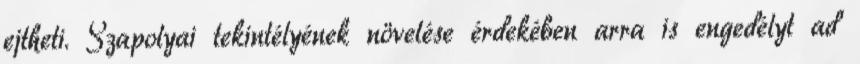
ejtheti. Szapolyai tekintélyének növelése érdekében arra is engedélyt ad